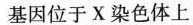
基因位于X染色体上